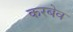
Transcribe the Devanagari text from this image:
करबेव